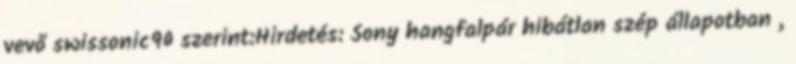
vevő swissonic90 szerint:Hirdetés: Sony hangfalpár hibátlan szép állapotban ,